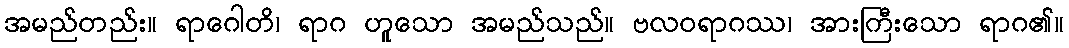
အမည်တည်း။ ရာဂေါတိ၊ ရာဂ ဟူသော အမည်သည်။ ဗလဝရာဂဿ၊ အားကြီးသော ရာဂ၏။